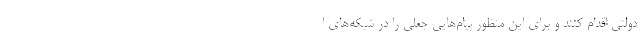
دولتی اقدام کنند و برای این منظور پیام‌هایی جعلی را در شبکه‌های ا